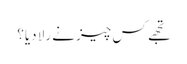
تجھے کس چیز نے رلا دیا؟